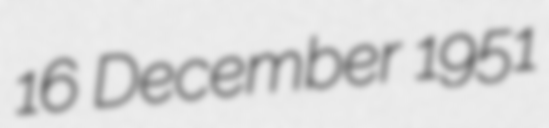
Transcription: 16 December 1951